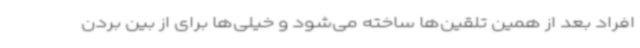
افراد بعد از همین تلقین‌ها ساخته می‌شود و خیلی‌ها برای از بین بردن